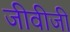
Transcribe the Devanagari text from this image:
जीवीजी